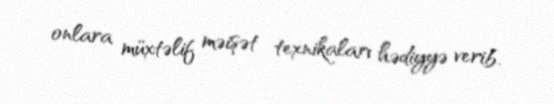
onlara müxtəlif məişət texnikaları hədiyyə verib.